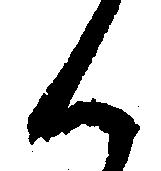
候